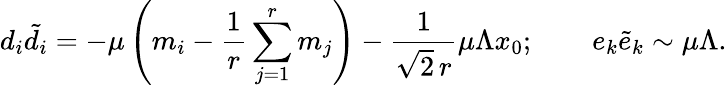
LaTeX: d_{i}{\tilde{d}_{i}}=-\mu\left(m_{i}-\frac{1}{r}\sum_{j=1}^{r}m_{j}\right)-\frac{1}{\sqrt{2}\, r}\mu\Lambda x_{0};\qquad e_{k}{\tilde{e}}_{k}\sim\mu\Lambda.